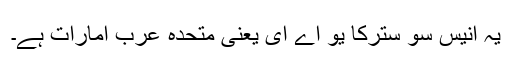
یہ انیس سو سترکا یو اے ای یعنی متحدہ عرب امارات ہے۔